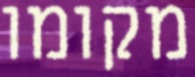
מקומו